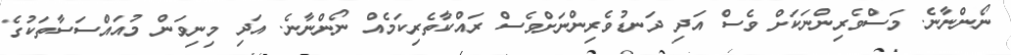
ނޯންނާނެ. މަސްވެރިންނަކަށް ވެސް އަދި ދަނޑުވެރިންނަށްވެސް ރައްކާތެރިކަމެއް ނޯންނާނެ. އަދި މިނިވަން މުއައްސަސާތަކުގެ